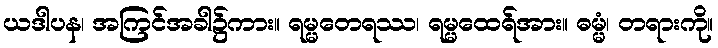
ယဒါပန၊ အကြင်အခါ၌ကား။ ရမ္မတေရဿ၊ ရမ္မထေရ်အား။ ဓမ္မံ၊ တရားကို။